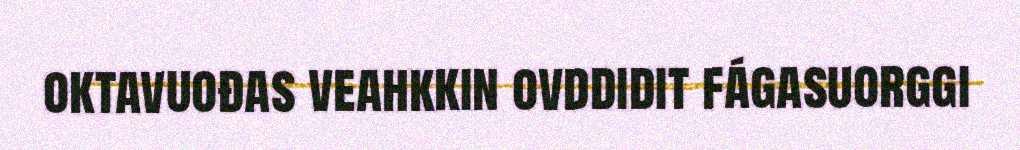
oktavuođas veahkkin ovddidit fágasuorggi